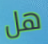
هل